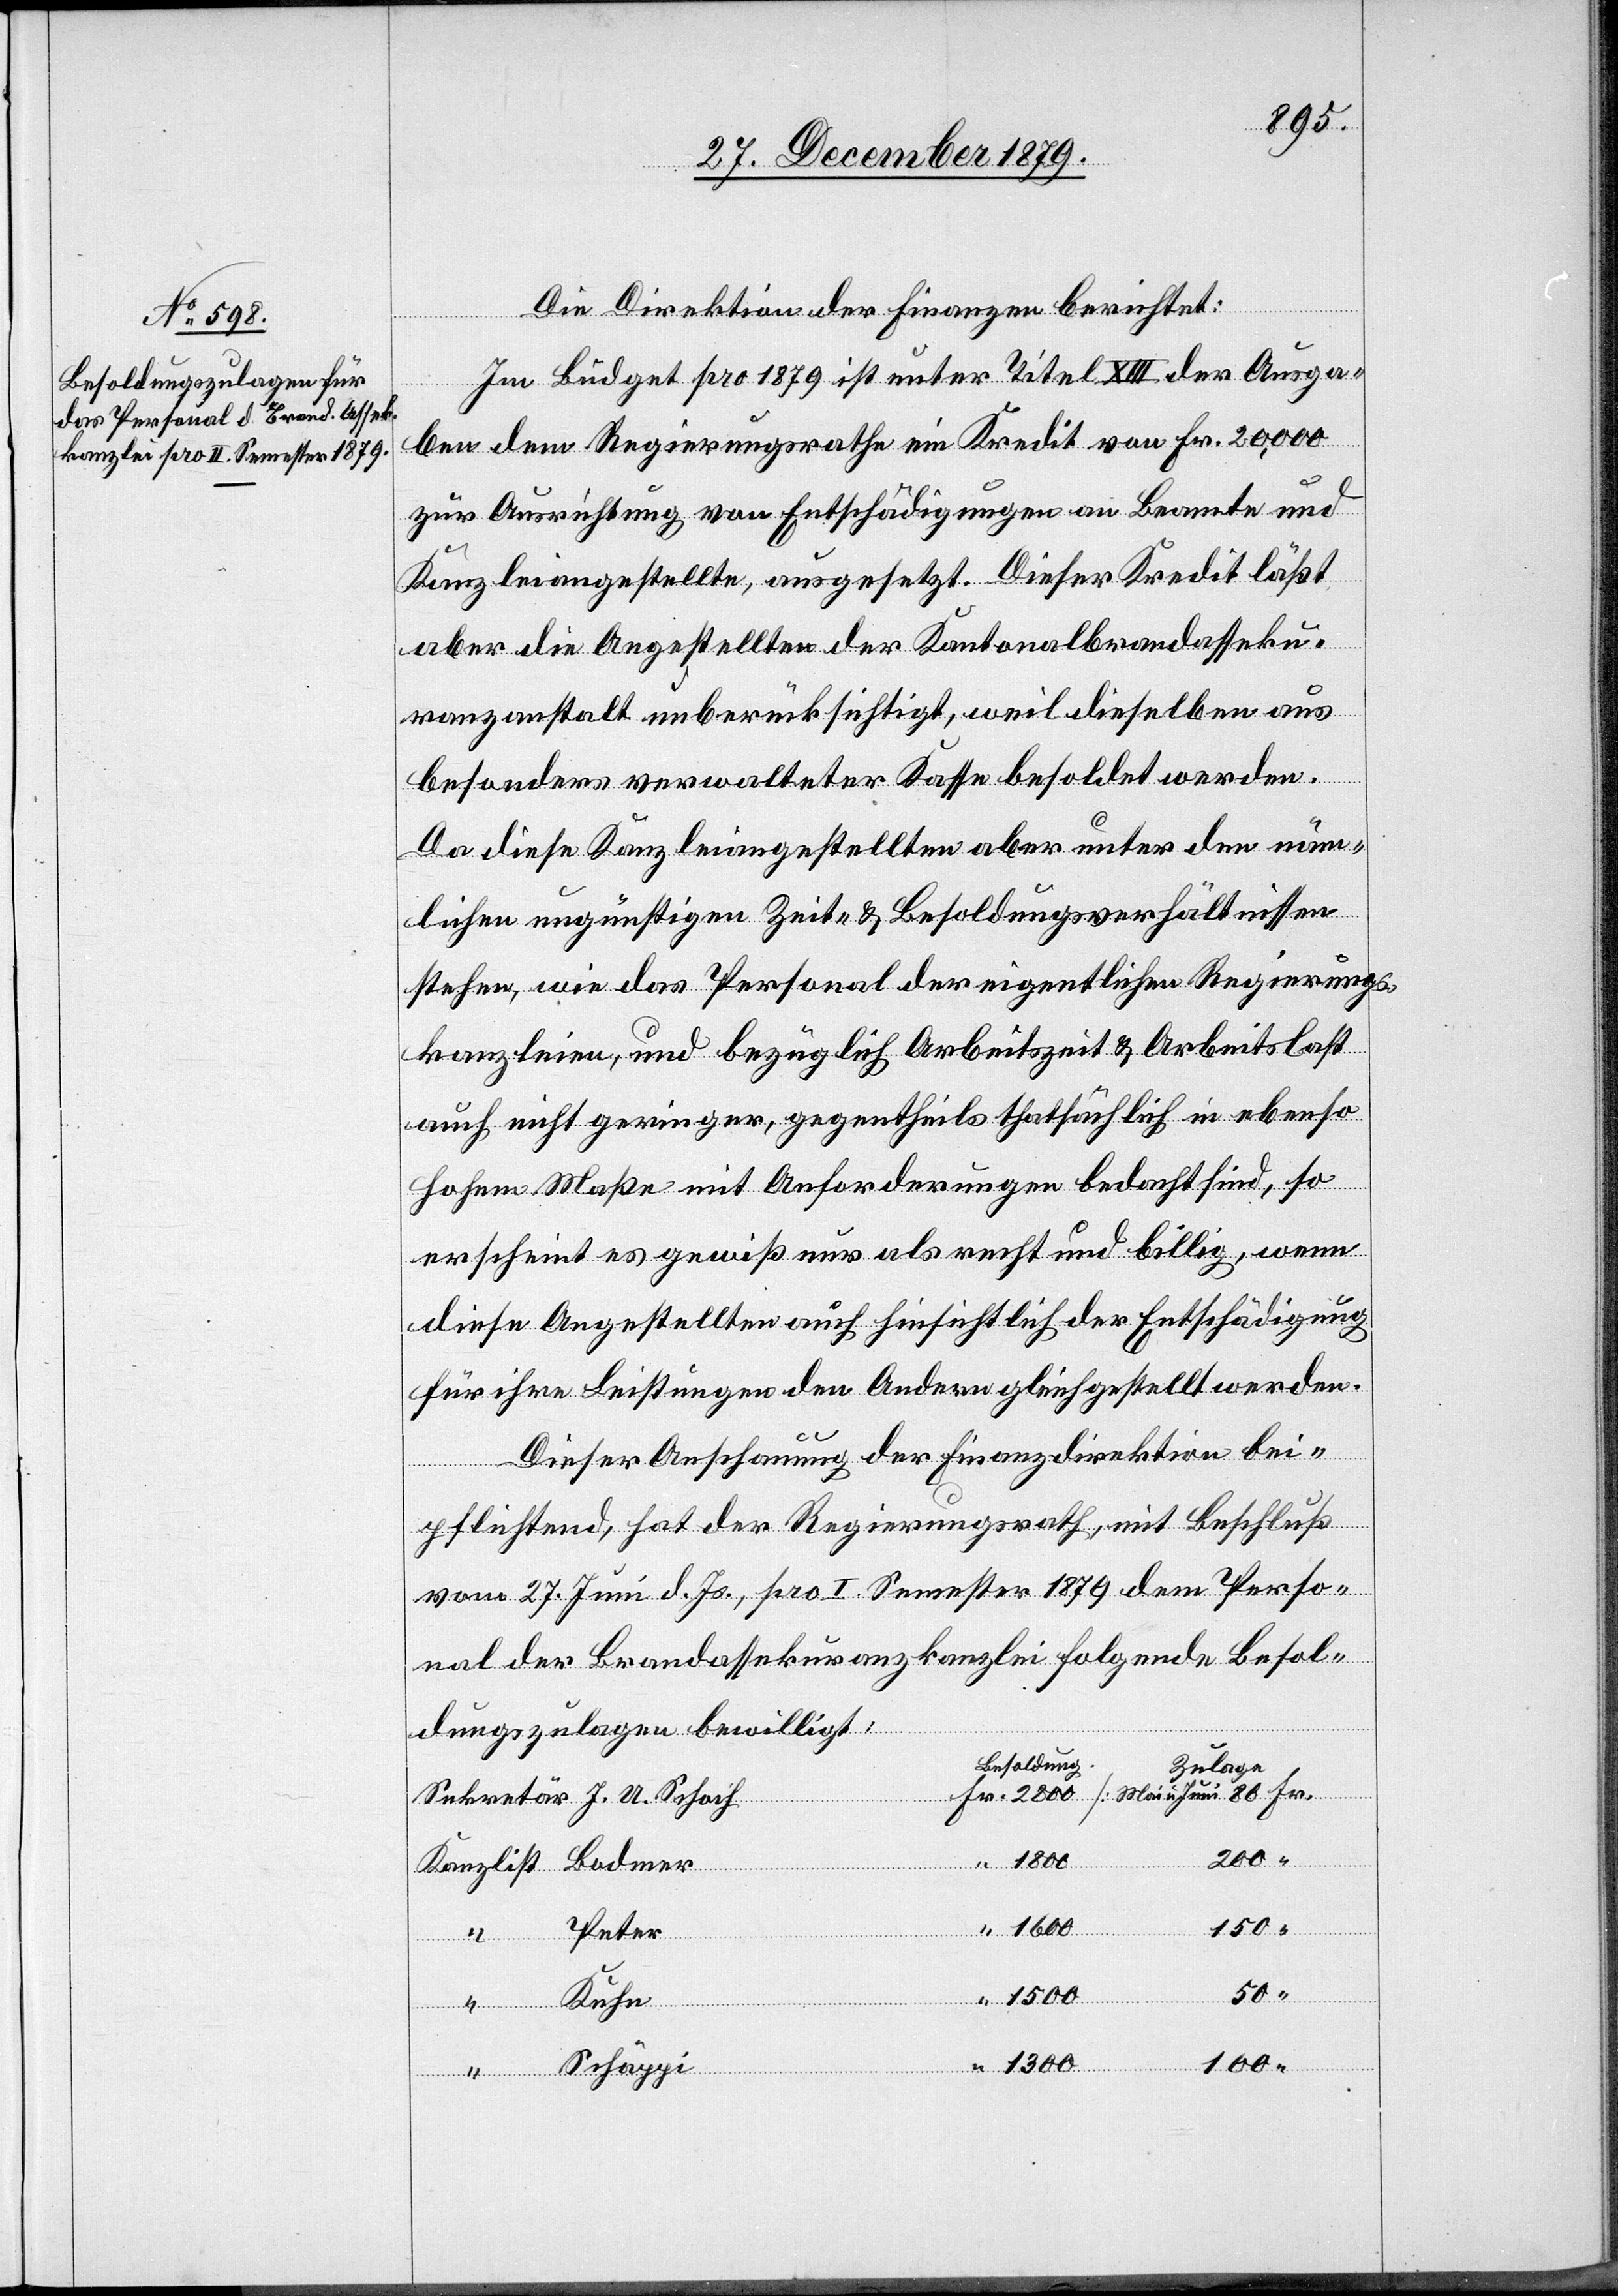
“
Die Direktion der Finanzen berichtet:
Im Büdget pro 1879 ist unter Titel XIII der Ausga¬
ben dem Regierungsrathe ein Kredit von Fr. 20,000
zur Ausrichtung von Entschädigungen an Beamte und
ranzanstalt unberücksichtigt, weil dieselben aus
besonders verwalteter Kasse besoldet werden.
Da diese Kanzleiangestellten aber unter den näm¬
lichen ungünstigen Zeit- & Besoldungsverhältnissen
stehen, wie das Personal der eigentlichen Regierungs¬
kanzleien, und bezüglich Arbeitszeit & Arbeitslast
auch nicht geringer, gegentheils thatsächlich in ebenso
hohem Maße mit Anforderungen bedacht sind, so
erscheint es gewiß nur als recht und billig, wenn
diese Angestellten auch hinsichtlich der Entschädigung
für ihre Leistungen den Andern gleichgestellt werden.
Dieser Anschauung der Finanzdirektion bei¬
pflichtend, hat der Regierungsrath, mit Beschluß
vom 27. Juni d. Js., pro I. Semester 1879 dem Perso¬
nal der Brandassekuranzkanzlei folgende Besol¬
dungszulagen bewilligt:
Besoldung
Zulage
200
Kanzlist
1500
1600
“
Peter
Kuhn
50
1800
1300
100
Bodmer